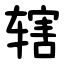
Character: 辖